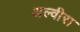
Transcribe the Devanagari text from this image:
अल्वीरा